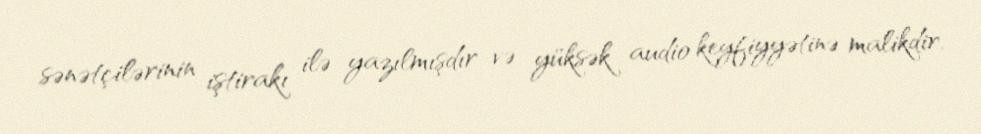
sənətçilərinin iştirakı ilə yazılmışdır və yüksək audio keyfiyyətinə malikdir.